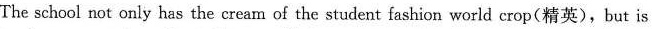
The school not only has the cream of the student fashion world crop(精英),but is